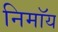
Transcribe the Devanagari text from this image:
निमाॅय